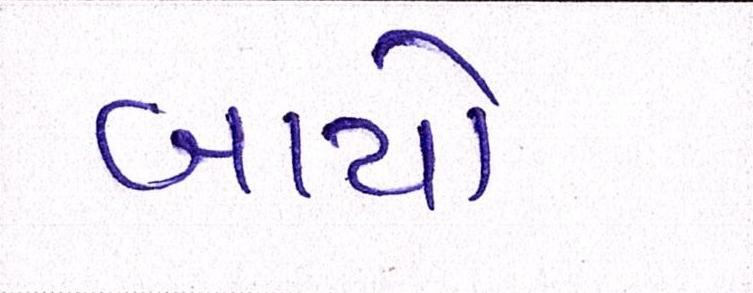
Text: બાયો